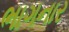
ભાગનાર